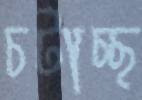
চটাচ্ছ